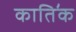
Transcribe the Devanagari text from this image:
काति॔क